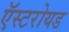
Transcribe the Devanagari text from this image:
ऍस्टरोयड